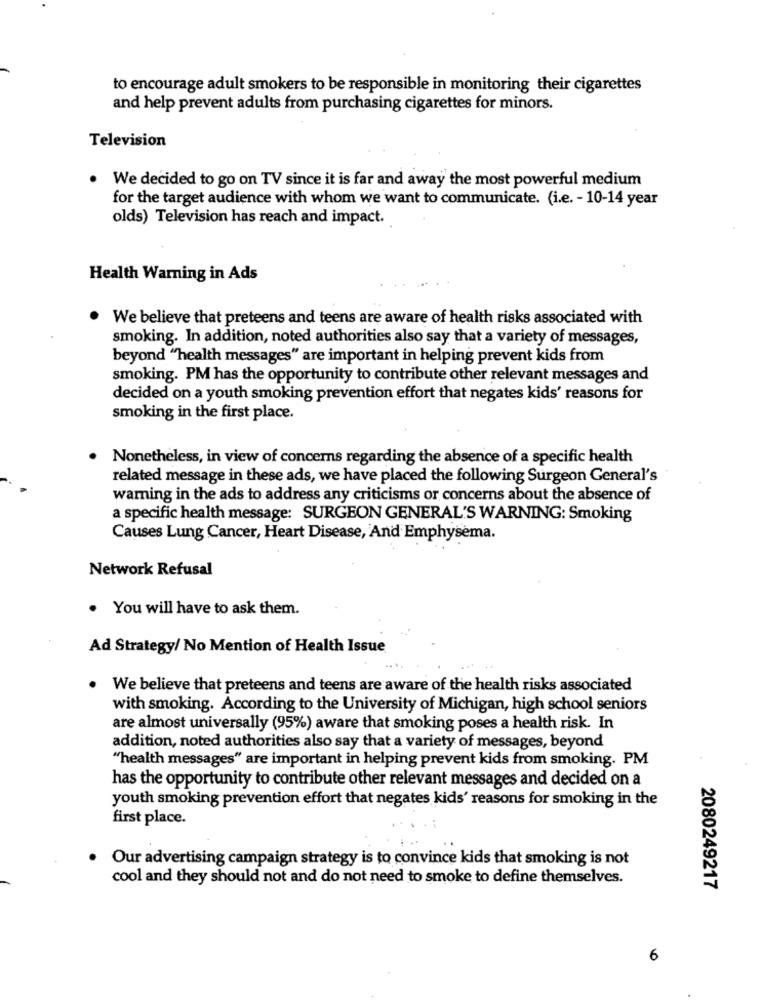
to encourage adult smokers to be responsible in monitoring their cigarettes
and help prevent adults from purchasing cigarettes for minors.
Television
. We decided to go on TV since it is far and away the most powerful medium
for the target audience with whom we want to communicate. (i.e. - 10-14 year
olds) Television has reach and impact.
Health Warning in Ads
We believe that preteens and teens are aware of health risks associated with
smoking. In addition, noted authorities also say that a variety of messages,
beyond "health messages" are important in helping prevent kids from
smoking. PM has the opportunity to contribute other relevant messages and
decided on a youth smoking prevention effort that negates kids' reasons for
smoking in the first place.
Nonetheless, in view of concerns regarding the absence of a specific health
related message in these ads, we have placed the following Surgeon General's
warning in the ads to address any criticisms or concerns about the absence of
a specific health message: SURGEON GENERAL'S WARNING: Smoking
Causes Lung Cancer, Heart Disease, And Emphysema.
Network Refusal
. You will have to ask them.
Ad Strategy/ No Mention of Health Issue
We believe that preteens and teens are aware of the health risks associated
with smoking. According to the University of Michigan, high school seniors
are almost universally (95%) aware that smoking poses a health risk. In
addition, noted authorities also say that a variety of messages, beyond
"health messages" are important in helping prevent kids from smoking. PM
has the opportunity to contribute other relevant messages and decided on a
youth smoking prevention effort that negates kids' reasons for smoking in the
first place.
Our advertising campaign strategy is to convince kids that smoking is not
cool and they should not and do not need to smoke to define themselves.
2080249217
6